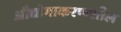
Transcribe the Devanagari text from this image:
औद्योगाकरणशील